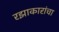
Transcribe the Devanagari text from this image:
रझाकारांचा